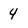
Character: 4